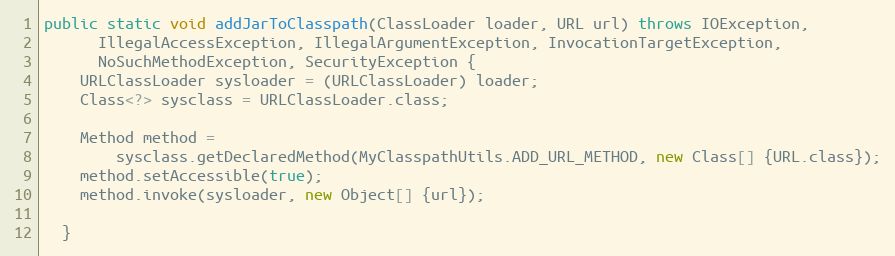
Language: Java
public static void addJarToClasspath(ClassLoader loader, URL url) throws IOException,
      IllegalAccessException, IllegalArgumentException, InvocationTargetException,
      NoSuchMethodException, SecurityException {
    URLClassLoader sysloader = (URLClassLoader) loader;
    Class<?> sysclass = URLClassLoader.class;

    Method method =
        sysclass.getDeclaredMethod(MyClasspathUtils.ADD_URL_METHOD, new Class[] {URL.class});
    method.setAccessible(true);
    method.invoke(sysloader, new Object[] {url});

  }